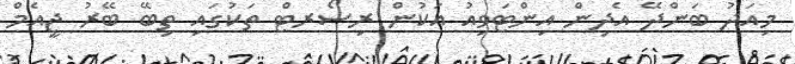
މިއަދު ބަންދޭ އެދިން އިންޓަވިއު އަކުން ރިސޯރޓް ތަކުގައި ތިބޭ ބޭރު ޖީއެމް